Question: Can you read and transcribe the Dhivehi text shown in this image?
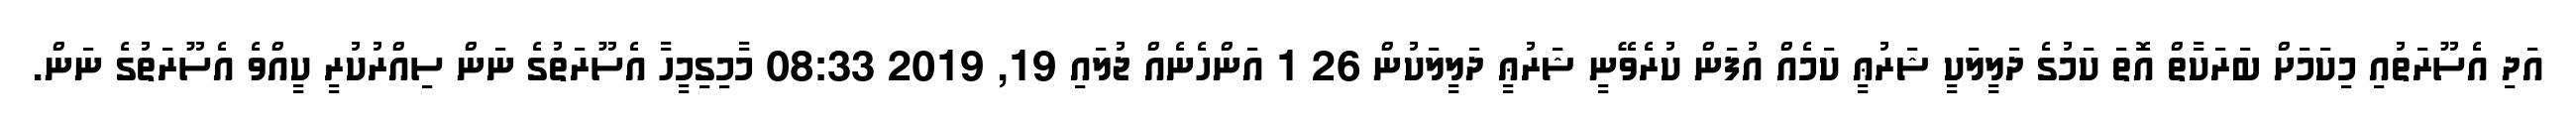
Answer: އަދި އެސޫރަތުއި މިކަމަށް ބަރަކާތް އޮތަ ކަމުގެ ދަލީލަކީ ޝަރުޢީ ކަމެއް އުފަން ކުރެވޭނީ ޝަރުޢީ ދަލީލަކުން 26 1 އަންހެނެއް ޖުލައި 19, 2019 08:33 މާމިގިމީހާ އެސޫރަތުގެ ނަން ސިއްރުކުރީ ކީއްވެ އެސޫރަތުގެ ނަން.